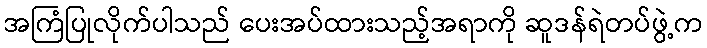
အကြံပြုလိုက်ပါသည် ပေးအပ်ထားသည့်အရာကို ဆူဒန်ရဲတပ်ဖွဲ့က